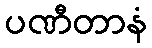
ပဏီတာနံ